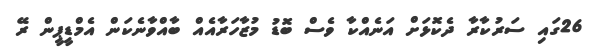
26ގައި ސަރުކާރާ ދެކޮޅަށް އަނެއްކާ ވެސް ބޮޑު މުޒާހަރާއެއް ބާއްވާނެކަން އެމްޑީޕީން ރޭ